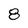
Character: 8